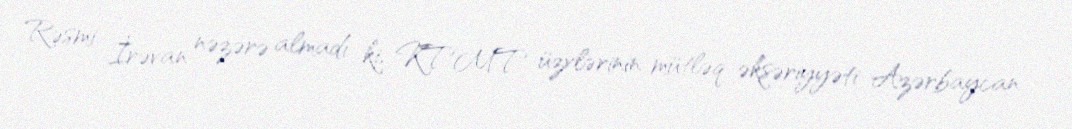
Rəsmi İrəvan nəzərə almadı ki, KTMT üzvlərinin mütləq əksəriyyəti Azərbaycan